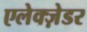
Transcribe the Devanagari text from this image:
एलेक्ज़ेडर